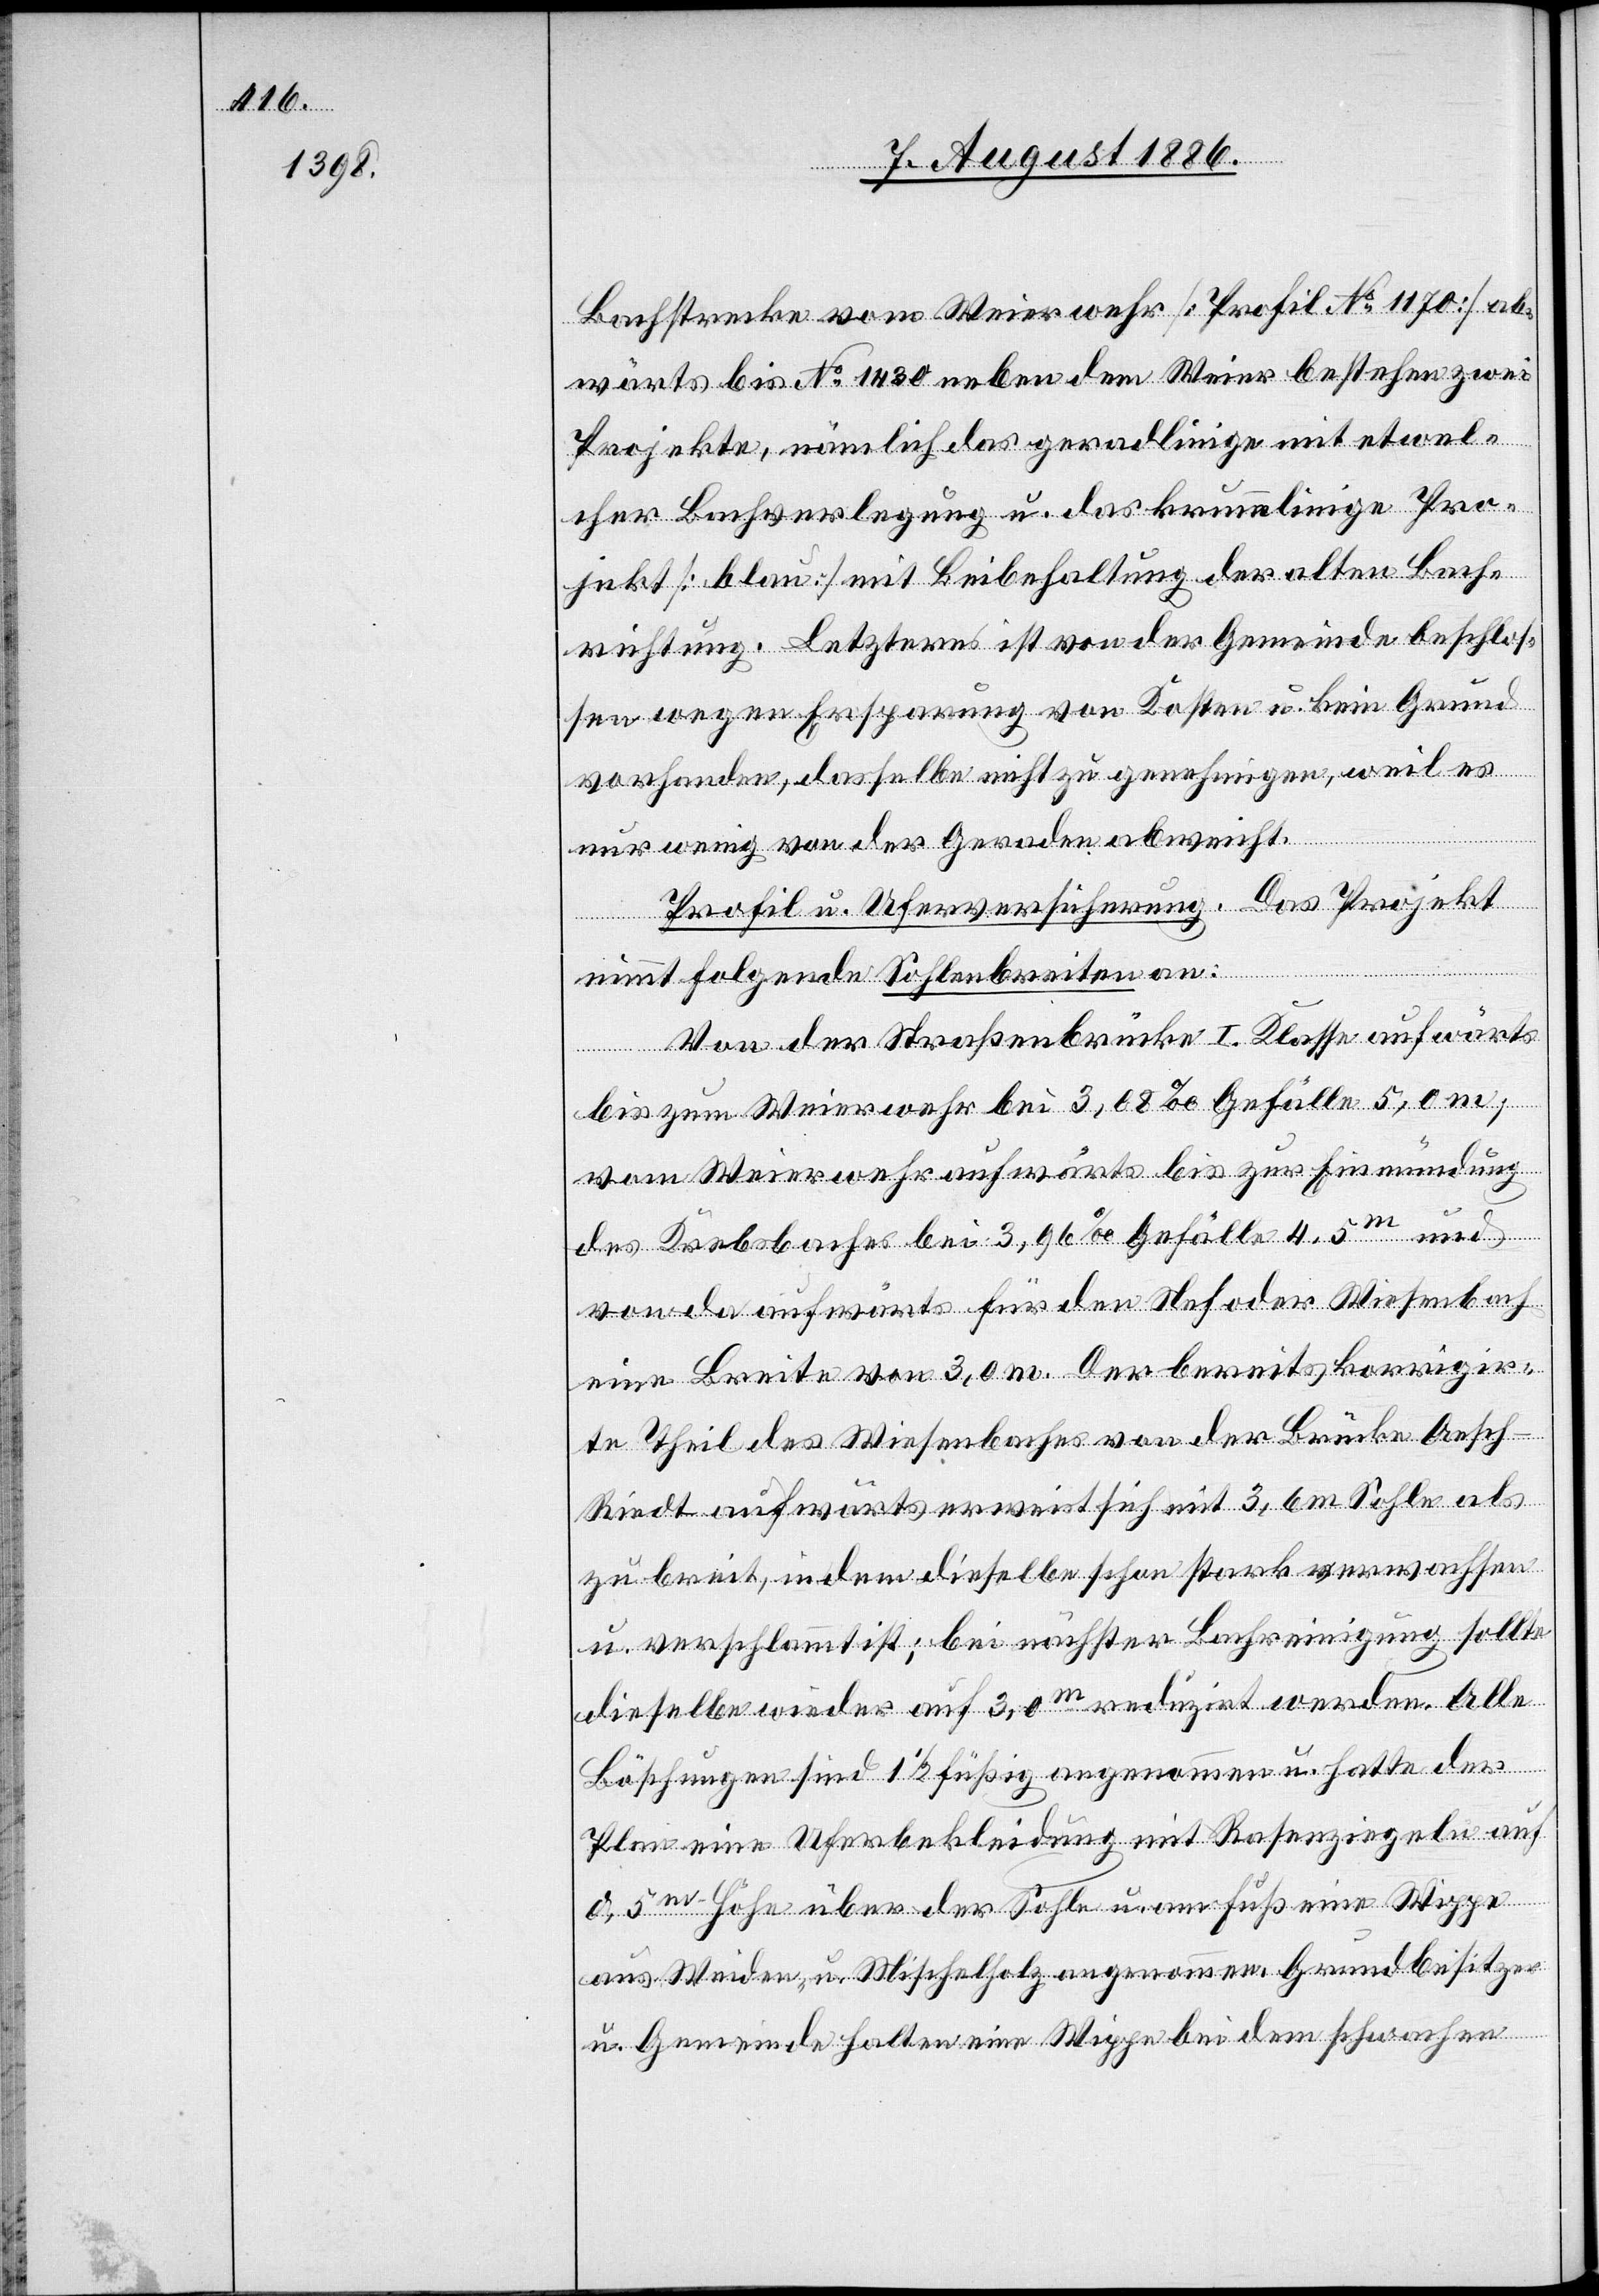
Bachstrecke vom Weierwehr [Profil No 1170] ab¬
wärts bis No 1430 neben dem Weier bestehen zwei
Projekte, nämlich das geradlinige mit etwel¬
cher Bachverlegung u. das krummlinige Pro¬
jekt [blau] mit Beibehaltung der alten Bach¬
richtung. Letzteres ist von der Gemeinde beschlos¬
sen wegen Ersparung von Kosten u. kein Grund
vorhanden, dasselbe nicht zu genehmigen, weil es
nur wenig von der Geraden abweicht.
Profil u. Uferversicherung. Das Projekt
nimmt folgende Sohlenbreiten an:
Von der Straßenbrücke I. Klasse aufwärts
bis zum Weierwehr bei 3,08‰ Gefälle 5,0 m;
vom Weierwehr aufwärts bis zur Einmündung
des Krebsbaches bei 3,96‰ Gefälle 4.5m und
von da aufwärts für den Nef[-] oder Wiesenbach
eine Breite von 3,0 m. Der bereits korrigir¬
te Theil des Wiesenbaches von der Brücke Aesch–R¬
iedt aufwärts erweist sich mit 3,6 m Sohle als
zu breit, indem dieselbe schon stark verwachsen
u. verschlammt ist; bei nächster Bachreinigung sollte
dieselbe wieder auf 3,0m reduzirt werden. Alle
Böschungen sind 1 1/2füßig angenommen u. hatte der
Plan eine Uferbekleidung mit Rasenziegeln auf
0,5m Höhe über der Sohle u. am Fuß eine Wippe
aus Weiden- u. Mischelholz angenommen. Grundbesitzer
u. Gemeinde halten eine Wippe bei dem schwachen